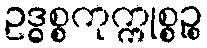
ဥဒ္ဓစ္စကုက္ကုစ္စဉ္စ